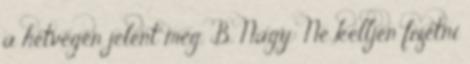
a hétvégén jelent meg. B. Nagy: Ne kelljen fizetni